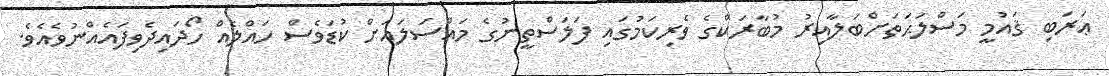
ޢަރަބި ޤައުމީ މަސްލަޙަތަށްބަލާއިރު މުބާރަކްގެ ވެރިކަމުގައި ފަލަސްތީނުގެ މައްސަލައަށް ކުޑަވެސް ހައްލެއް ހޯދައިދެވިފައެއްނުވެއެވެ.